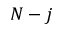
N - j